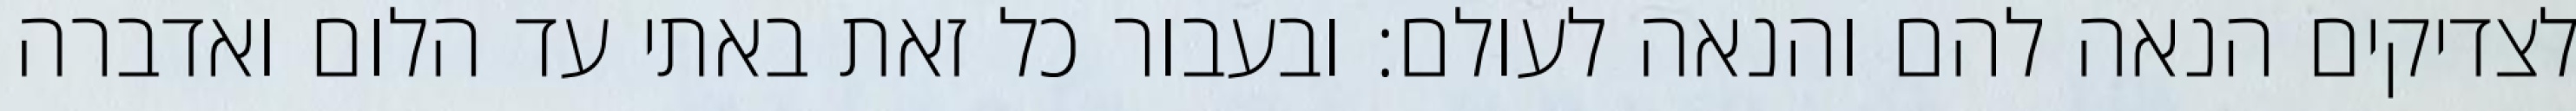
לצדיקים הנאה להם והנאה לעולם: ובעבור כל זאת באתי עד הלום ואדברה